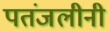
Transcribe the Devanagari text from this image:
पतंजलीनी